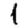
Digit: 1